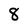
Character: 8